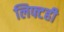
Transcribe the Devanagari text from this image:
लिफ्टही